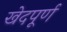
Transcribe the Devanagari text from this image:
खेदपूर्ण